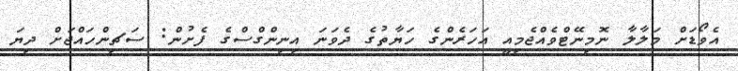
އެވޯޑަށް މަލާލާ ނޮމިނޭޓްވެއްޖެމިއީ އަހަރެންގެ ހަޔާތުގެ ދެވަނަ އިނިންގްސްގެ ފެށުން: ސަޗިންހައްޖަށް ދިޔަ